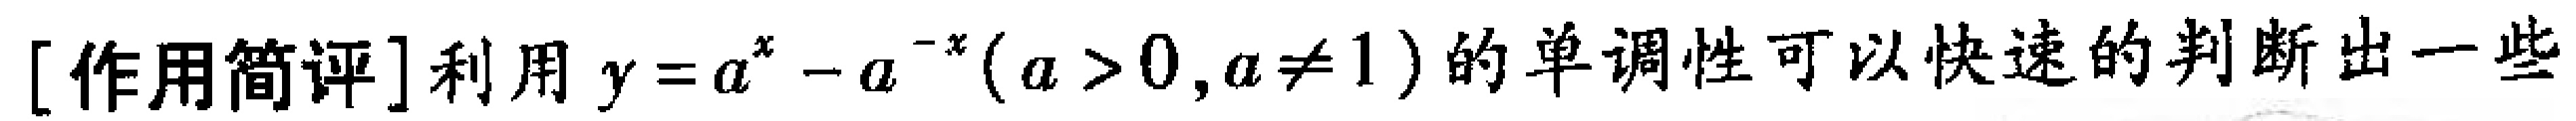
[作用简评]利用 \(y = a^{x}-a^{-x}(a > 0,a\neq 1)\)的单调性可以快速的判断出一些